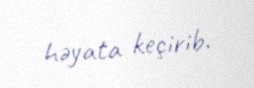
həyata keçirib.